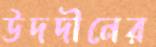
উদদীনের